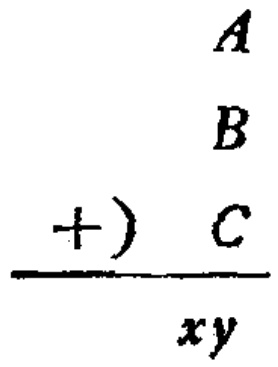
\[

\begin{array}{r}

A\\

B\\

+\ C\\

\hline

xy

\end{array}

\]